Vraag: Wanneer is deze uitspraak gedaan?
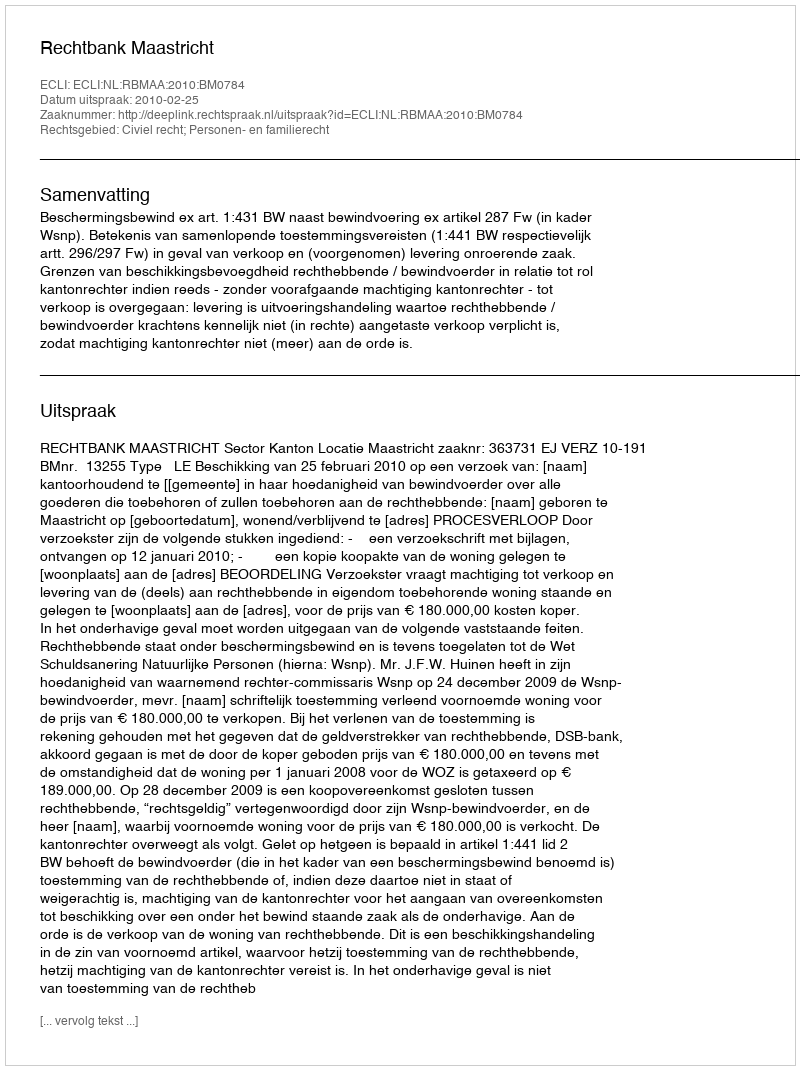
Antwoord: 2010-02-25